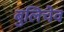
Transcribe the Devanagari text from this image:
बुलिचेव